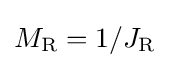
M_{\text{R}}=1/J_{\text{R}}